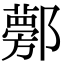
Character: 𨟁